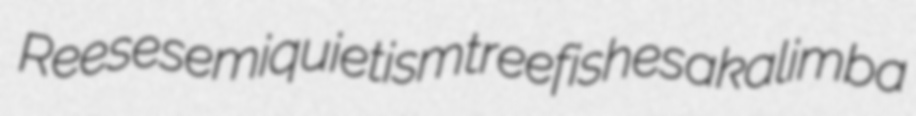
Reese semiquietism treefishes akalimba